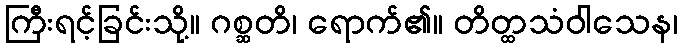
ကြီးရင့်ခြင်းသို့။ ဂစ္ဆတိ၊ ရောက်၏။ တိတ္ထသံဝါသေန၊